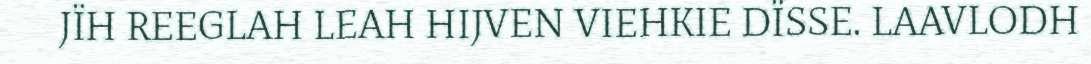
JÏH REEGLAH LEAH HIJVEN VIEHKIE DÏSSE. LAAVLODH